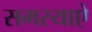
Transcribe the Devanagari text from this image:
समस्याऐ